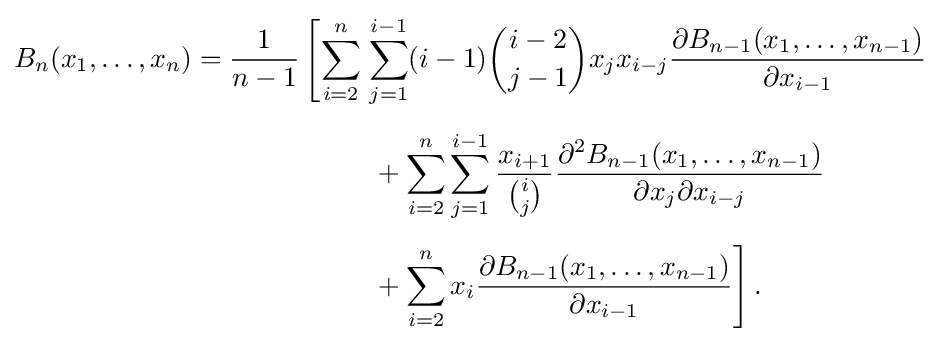
{\begin{aligned}B_{n}(x_{1},\ldots ,x_{n})={\frac {1}{n-1}}\left[\sum _{i=2}^{n}\right.&\sum _{j=1}^{i-1}(i-1){\binom {i-2}{j-1}}x_{j}x_{i-j}{\frac {\partial B_{n-1}(x_{1},\dots ,x_{n-1})}{\partial x_{i-1}}}\\[5pt]&\left.{}+\sum _{i=2}^{n}\sum _{j=1}^{i-1}{\frac {x_{i+1}}{\binom {i}{j}}}{\frac {\partial ^{2}B_{n-1}(x_{1},\dots ,x_{n-1})}{\partial x_{j}\partial x_{i-j}}}\right.\\[5pt]&\left.{}+\sum _{i=2}^{n}x_{i}{\frac {\partial B_{n-1}(x_{1},\dots ,x_{n-1})}{\partial x_{i-1}}}\right].\end{aligned}}